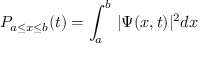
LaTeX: P _ { a \leq x \leq b } ( t ) = \int _ { a } ^ { b } \, | \Psi ( x , t ) | ^ { 2 } d x